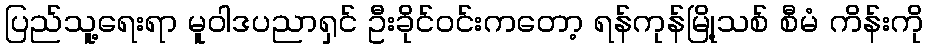
ပြည်သူ့ရေးရာ မူဝါဒပညာရှင် ဦးခိုင်ဝင်းကတော့ ရန်ကုန်မြို့သစ် စီမံ ကိန်းကို